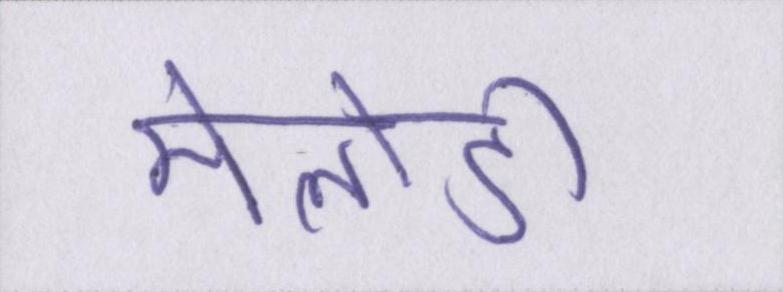
मेलोडी